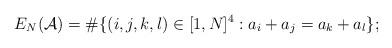
LaTeX: \begin{align*}E_N(\mathcal{A})=\#\{(i,j,k,l)\in[1,N]^4:a_i+a_j=a_k+a_l\};\end{align*}